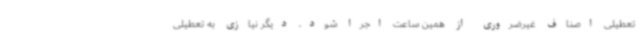
تعطیلی اصناف غیرضروری از همین ساعت اجرا شود، دیگر نیازی به تعطیلی